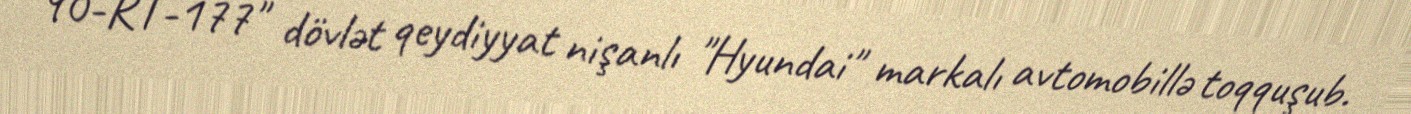
"90-RT-177" dövlət qeydiyyat nişanlı "Hyundai" markalı avtomobillə toqquşub.